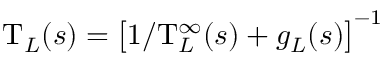
\mathrm { T } _ { L } ( s ) = \big [ 1 / \mathrm { T } _ { L } ^ { \infty } ( s ) + g _ { L } ( s ) \big ] ^ { - 1 }